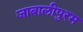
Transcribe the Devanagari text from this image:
जाबालीपुरम